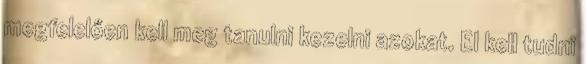
megfelelően kell meg tanulni kezelni azokat. El kell tudni